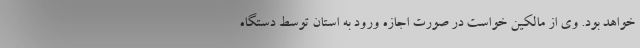
خواهد بود. وی از مالکین خواست در صورت اجازه ورود به استان توسط دستگاه